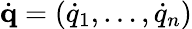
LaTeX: \dot{\mathbf{q}}=(\dot{q}_{1},\dots,\dot{q}_{n})